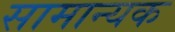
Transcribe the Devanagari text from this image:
सामान्यक